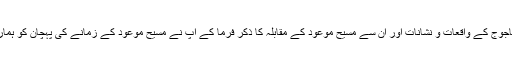
پھر دجال اور یاجوج ماجوج کے واقعات و نشانات اور ان سے مسیح موعودؑ کے مقابلہ کا ذکر فرما کے آپ نے مسیح موعودؑ کے زمانے کی پہچان کو ہمارے لئے آسان تربنا دیا۔